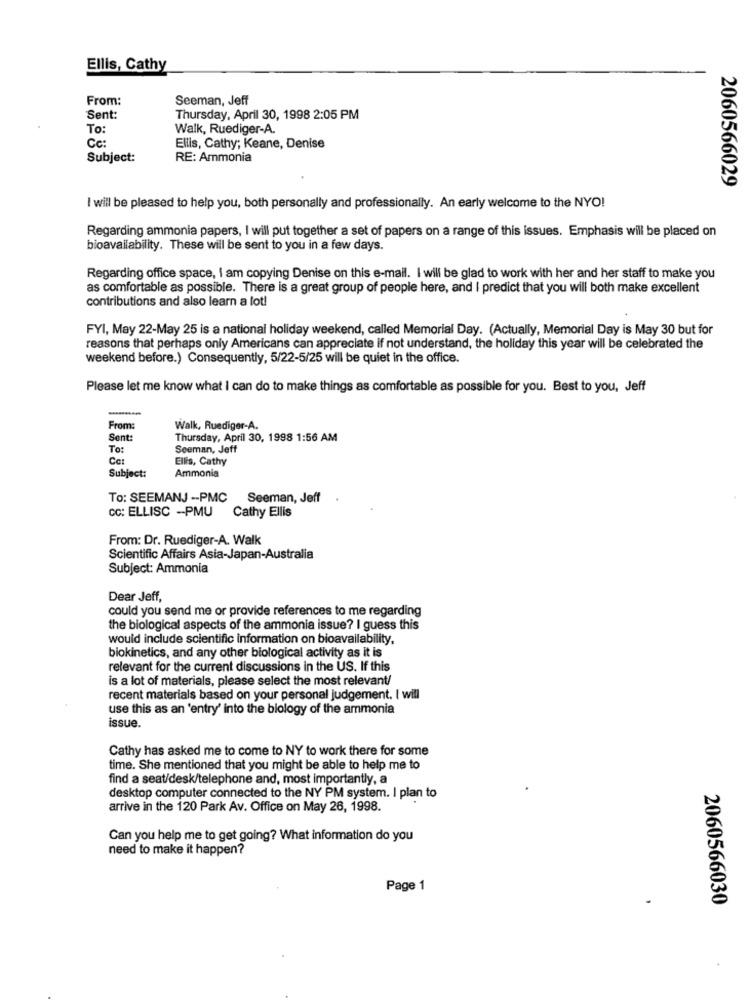
Ellis, Cathy
From:
Seeman, Jeff
Sent:
Thursday, April 30, 1998 2:05 PM
To:
Walk, Ruediger-A.
Cc:
Ellis, Cathy; Keane, Denise
Subject:
RE: Ammonia
2060566029
I will be pleased to help you, both personally and professionally. An early welcome to the NYO!
Regarding ammonia papers, I will put together a set of papers on a range of this issues. Emphasis will be placed on
bioavailability. These will be sent to you in a few days.
Regarding office space, I am copying Denise on this e-mail. I will be glad to work with her and her staff to make you
as comfortable as possible. There is a great group of people here, and I predict that you will both make excellent
contributions and also learn a lot!
FYI, May 22-May 25 is a national holiday weekend, called Memorial Day. (Actually, Memorial Day is May 30 but for
reasons that perhaps only Americans can appreciate if not understand, the holiday this year will be celebrated the
weekend before.) Consequently, 5/22-5/25 will be quiet in the office.
Please let me know what I can do to make things as comfortable as possible for you. Best to you, Jeff
From:
Walk, Ruediger-A.
Sent:
Thursday, April 30, 1998 1:56 AM
To:
Seeman, Jeff
Ca:
Ell's, Cathy
Subject:
Ammonia
To: SEEMANJ -- PMC Seeman, Jeff
CC: ELLISC -PMU
Cathy Ellis
From: Dr. Ruediger-A. Walk
Scientific Affairs Asia-Japan-Australia
Subject: Ammonia
Dear Jeff,
could you send me or provide references to me regarding
the biological aspects of the ammonia issue? I guess this
would include scientific information on bioavailability,
biokinetics, and any other biological activity as it is
relevant for the current discussions in the US. If this
is a lot of materials, please select the most relevant/
recent materials based on your personal judgement. I will
use this as an 'entry' into the biology of the ammonia
issue.
Cathy has asked me to come to NY to work there for some
time. She mentioned that you might be able to help me to
find a seat/desk/telephone and, most importantly, a
desktop computer connected to the NY PM system. I plan to
arrive in the 120 Park Av. Office on May 26, 1998.
Can you help me to get going? What information do you
need to make it happen?
Page 1
2060566030